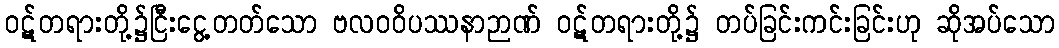
ဝဋ်တရားတို့၌ငြီးငွေ့တတ်သော ဗလဝဝိပဿနာဉာဏ် ဝဋ်တရားတို့၌ တပ်ခြင်းကင်းခြင်းဟု ဆိုအပ်သော